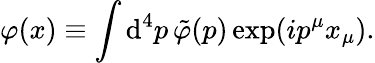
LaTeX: \varphi(x)\equiv\int\textrm{d}^{4}p\, \tilde{\varphi}(p)\exp(ip^{\mu}x_{\mu}).